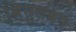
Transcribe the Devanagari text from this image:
श्लिसलबर्ग